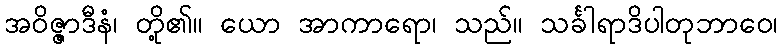
အဝိဇ္ဇာဒီနံ၊ တို့၏။ ယော အာကာရော၊ သည်။ သင်္ခါရာဒိပါတုဘာဝေ၊